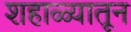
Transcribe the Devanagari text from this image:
शहाळ्यातून